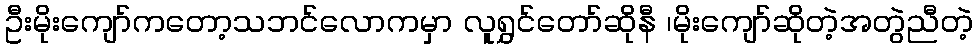
ဦးမိုးကျော်ကတော့သဘင်လောကမှာ လူရွှင်တော်ဆိုနီ ၊မိုးကျော်ဆိုတဲ့အတွဲညီတဲ့